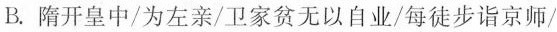
B.隋开皇中/为左亲/卫家贫无以自业/每徒步诣京师/